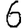
Digit: 6